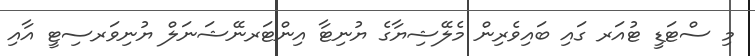
މި ސްޓަޑީ ޓުއަރ ގައި ބައިވެރިން މެލޭޝިޔާގެ ޔުނިޓާ އިންޓަރނޭޝަނަލް ޔުނިވަރސިޓީ އާއި